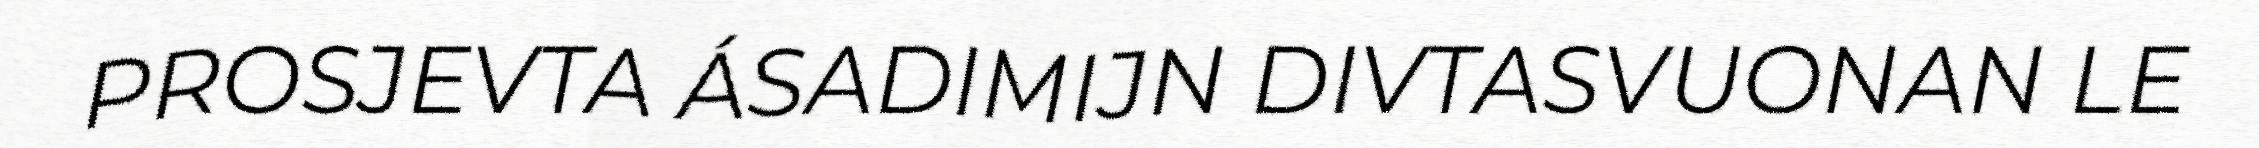
PROSJEVTA ÁSADIMIJN DIVTASVUONAN LE